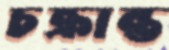
চক্রান্ত